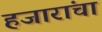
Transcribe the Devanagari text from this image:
हजारांचा